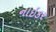
નાઇકર